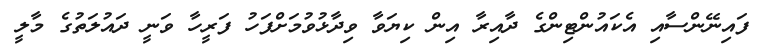
ފައިނޭންސާއި އެކައުންޓިންގެ ދާއިރާ އިން ކިޔަވާ ވިދާޅުވުމަށްފަހު ފަރީހާ ވަނީ ދައުލަތުގެ މާލީ